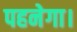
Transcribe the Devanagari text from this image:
पहनेगा।